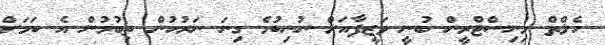
ހެލްތް މިނިސްޓްރީން ބުނީ ވަޒީފާއަށް ނުނިކުމެ ގިނަ ނަރުހުން ތިބުމުން އެ ކަމަށް